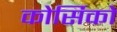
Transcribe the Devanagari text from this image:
कोर्सिको